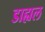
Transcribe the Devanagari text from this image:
डाह्यल